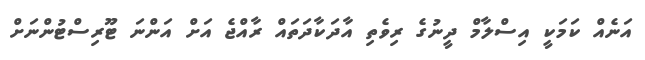
އަނެއް ކަމަކީ އިސްލާމް ދީނުގެ ރިވެތި އާދަކާދަތައް ރާއްޖެ އަށް އަންނަ ޓޫރިސްޓުންނަށް